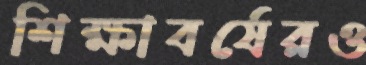
শিক্ষাবর্ষেরও